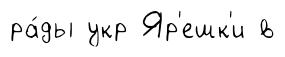
ра́ды укр Яр'ешк'и в